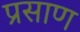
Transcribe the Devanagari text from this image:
प्रसाण